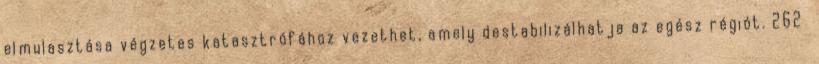
elmulasztása végzetes katasztrófához vezethet, amely destabilizálhatja az egész régiót. 262